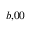
_ { b , 0 0 }